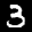
Label: 3